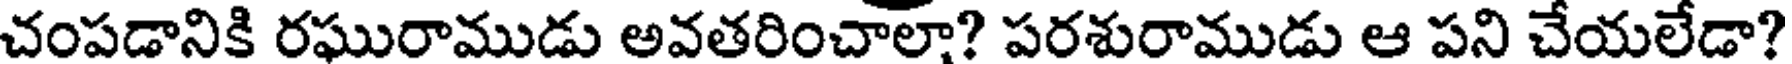
చంపడానికి రఘురాముడు అవతరించాలా? పరశురాముడు ఆ పని చేయలేడా?